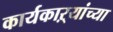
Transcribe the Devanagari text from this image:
कार्यकाऱ्यांच्या